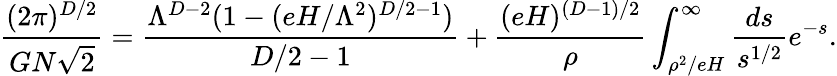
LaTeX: \frac{(2\pi)^{D/2}}{GN\sqrt{2}}=\frac{\Lambda^{D-2}(1-(eH/\Lambda^{2})^{D/2-1})}{D/2-1}+\frac{(eH)^{(D-1)/2}}{\rho}\int_{\rho^{2}/eH}^{\infty}\frac{ds}{s^{1/2}}e^{-s}.